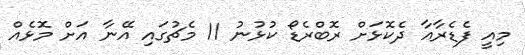
މިއީ ފެޑެރާއާ ދެކޮޅަށް ރޮބްރެޑޯ ކުޅުނު 11 މެޗުގައި އޭނާ އަށް މޮޅެއް